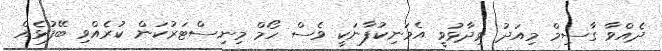
ދެއްވާ ގާސިމް މިއަދު ވިދާޅުވީ އެމަނިކުފާނަކީ ވެސް ހޯމް މިނިސްޓަރުކަން ކުރެއްވި ބޭފުޅެއް